Riigikantselei, lk 10
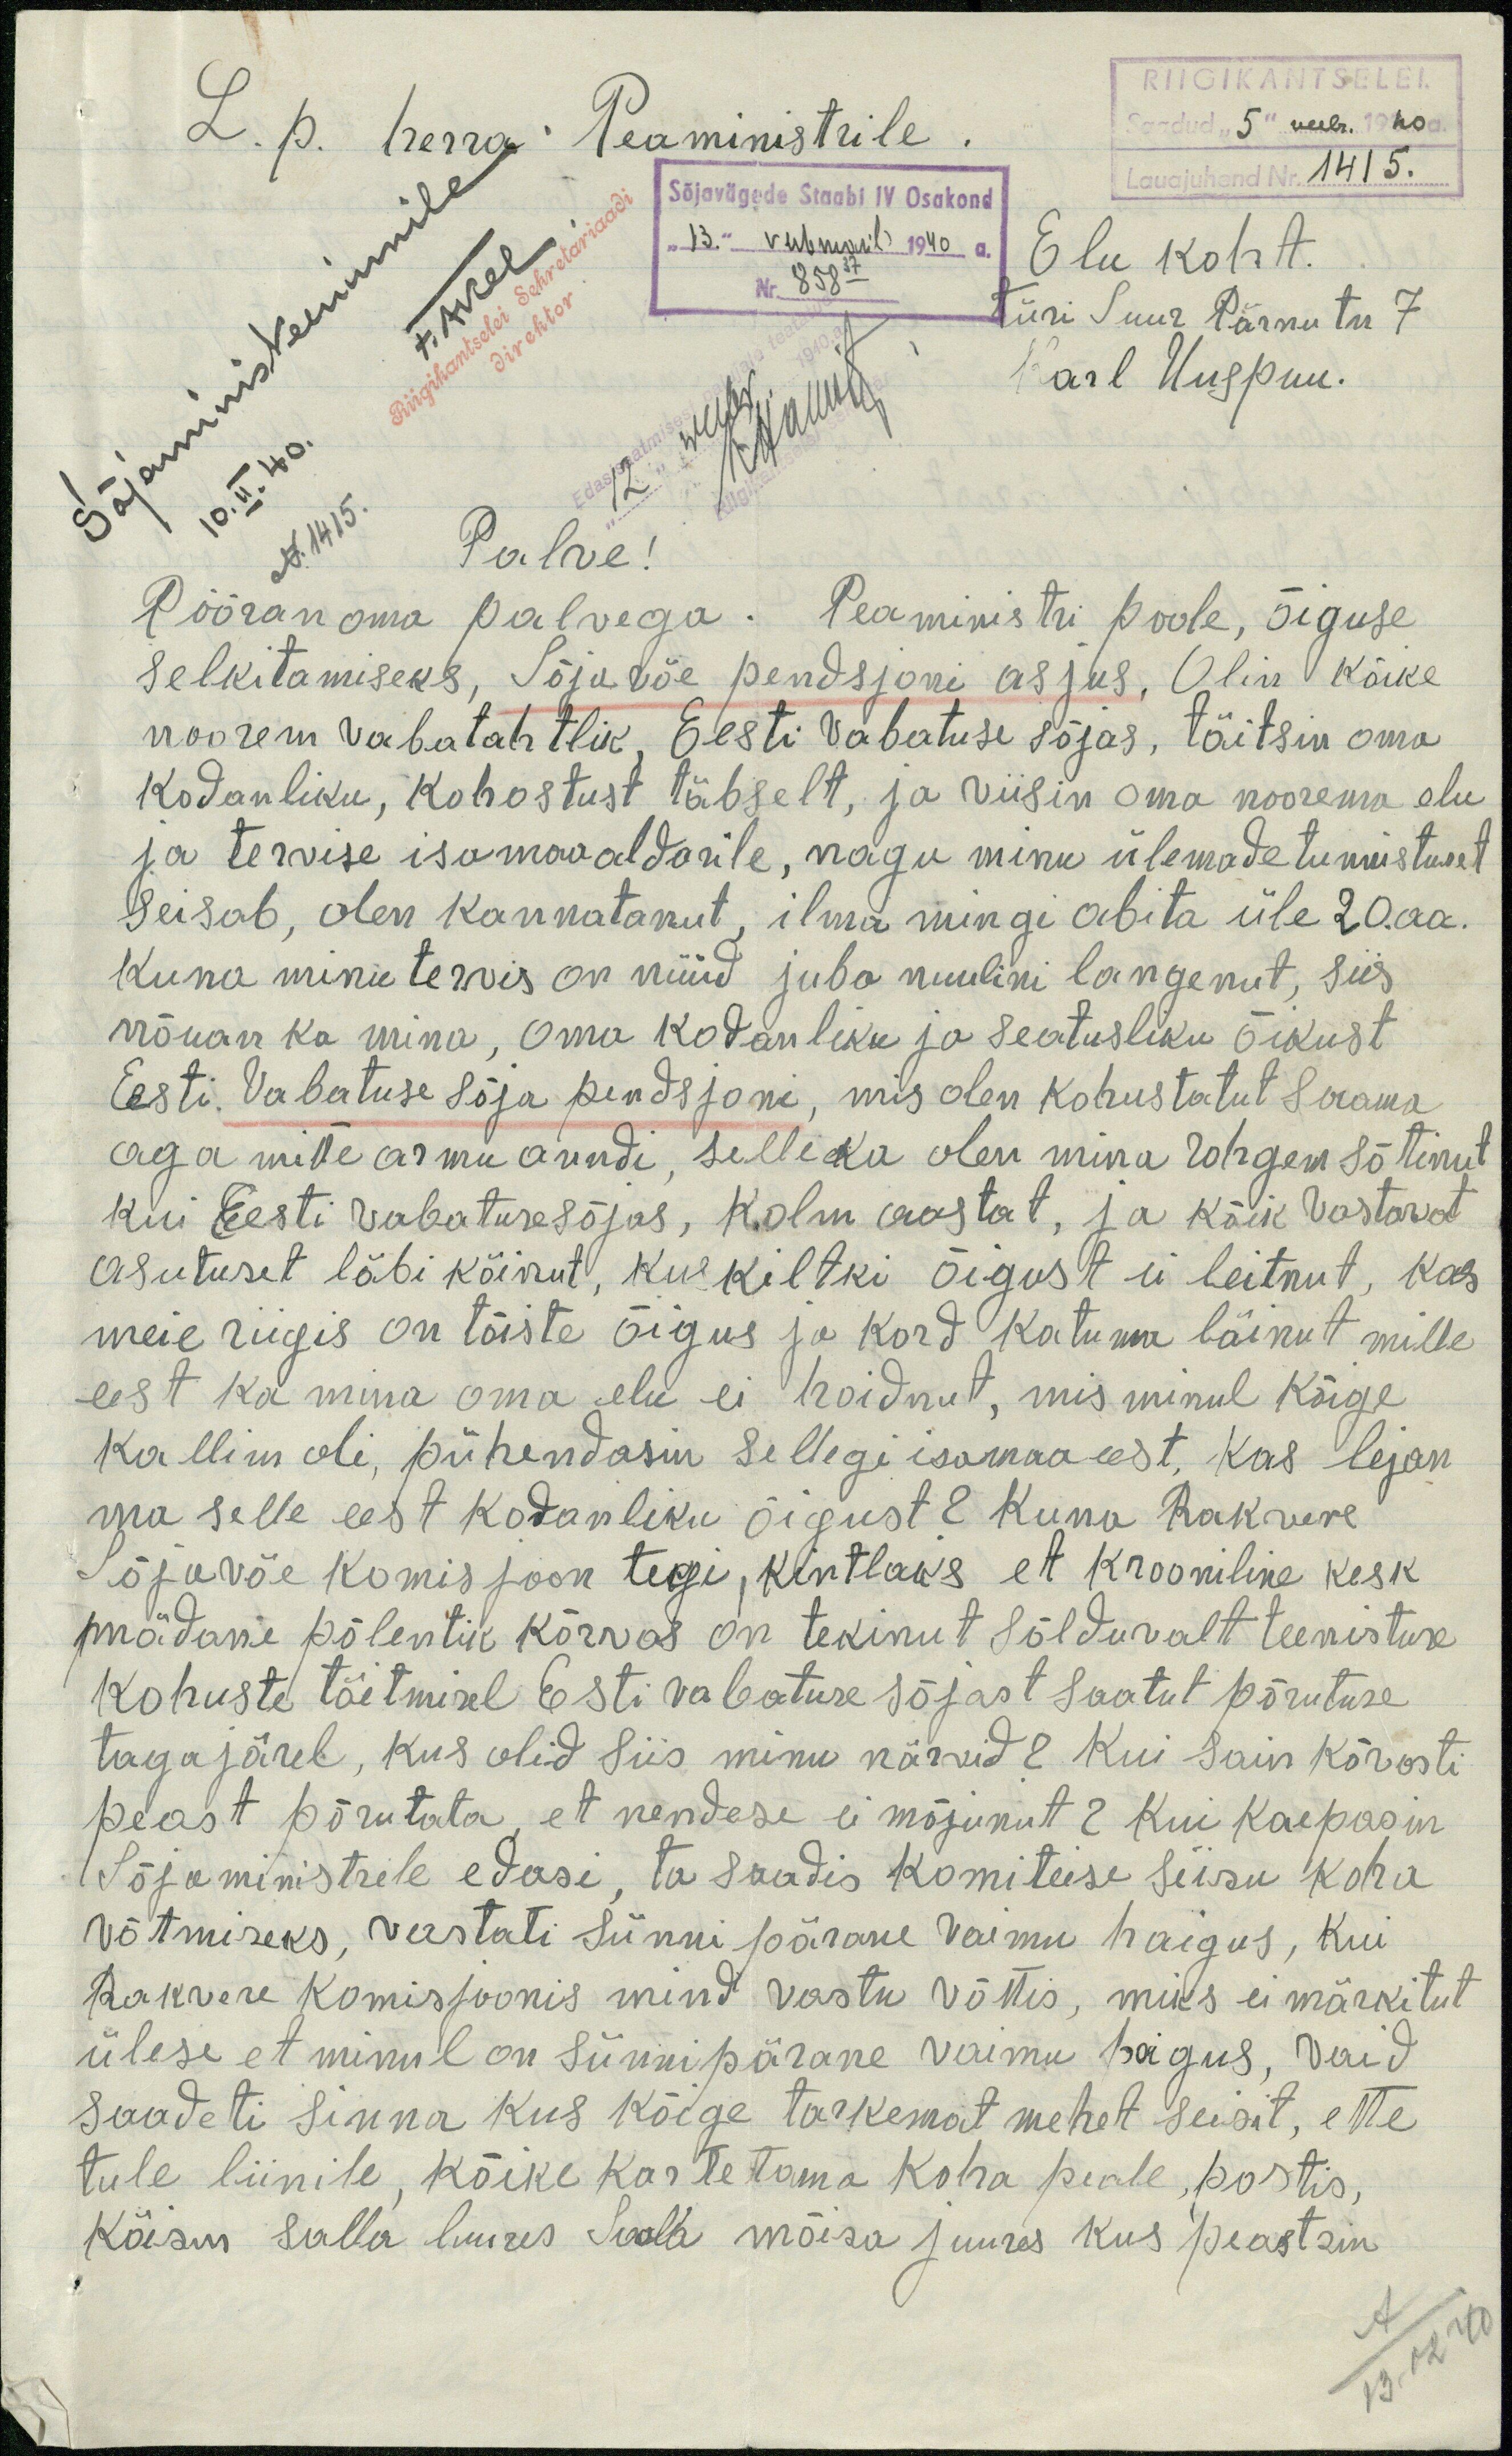
RIIGIKANTSELEI
saadud "5" veeb. 1940
L.p. herra Peaministrile .
Sõjavägede Staabi IV Osakond
Lauajuhend Nr. 1415.
Sõjaministeeriumile
13" veebruaril 1940 a.
Elu koht.
Türi Suur Pärnu tn 7
Karl Uuspuu.
Palve!
Pööran oma palvega. Peaministri poole, õiguse
selkitamiseks, Sõjawäe pendsjoni asjus, Olin kõike
noorem vabatahtlik, Eesti Vabatuse sõjas, täitsin oma
Kodanliku, Kohostust täbselt, ja viisin oma noorema elu
ja tervise isamaa aldarile, nagu minu ülemade tunnistuset
seisab, olen kannatanut, ilma mingi abita üle 20aa.
Kuna minu tervis on nüüd juba nuulini langenut, siis
nõuan ka mina. Oma kodanliku ja seatusliku õikust
Eesti. Vabatuse sõja pendsjoni, mis olen kohustatut saama.
aga mitte armu anndi, selle ka olen minu rohgem sõtinut
kui Eesti vabatusesõjas, Kolm aastat, ja kõik vastavat
asutuset läbi käinut, kuskiltki õigust ei leitnud, kas
meie riigis on tõeste õigus ja kord katuma läinut mille
eest ka mina oma elu ei hoidnut, mis minul kõige
kallim oli, pühendasin sellegi isamaa eest. Kas lejan
ma selle eest kodanliku õigust? Kuna Rakvere
Sõjaväe komisjoon tegi, kintlaks et krooniline kesk
mädane põlentik kõrvas on tekinut sõlduvalt teenistuse
kohuste täitmisel Eesti vabatuse sõjast saatut põrutuse
tagajärel, kus olid siis minu närvid? Kui sain kõvosti
peast põrutata, et nendese ei mõjunut? Kui kaepasin
Sõjaministrile edasi, ta saadis komiteise seisu koha
võtmiseks, vastati Sünni pärane vaimu haigus, kui
Rakwere komisjoonis mind vastu võttis, miks ei märkitut
ülese et minul on sünnipärane vaimu haigus, vaid
saadeti sinna kus kõige tarkemat mehet seisit, ette
tule liinile, kõike kartetoma koha peale, postis
Käisin salla luures Svala mõisa juures kus peastsin